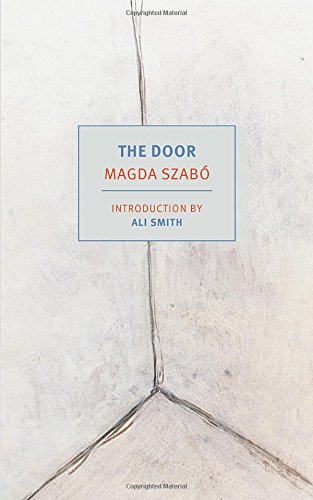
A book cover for The Door (NYRB Classics); Magda Szabo; Literature & Fiction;